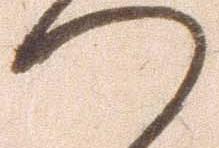
つ